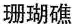
珊瑚礁